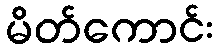
မိတ်ကောင်း